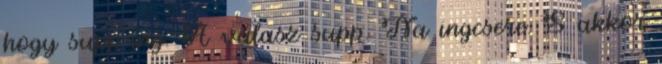
hogy supp-ing. A válasz supp. Na ingcsere. S akkor